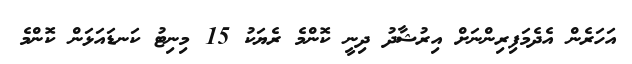
އަހަރެން އެދެމަފިރިންނަށް އިރުޝާދު ދިނީ ކޮންމެ ރެޔަކު 15 މިނިޓު ކަނޑައަޅަން ކޮންމެ